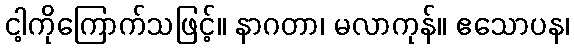
ငါ့ကိုကြောက်သဖြင့်။ နာဂတာ၊ မလာကုန်။ ဧသောပန၊